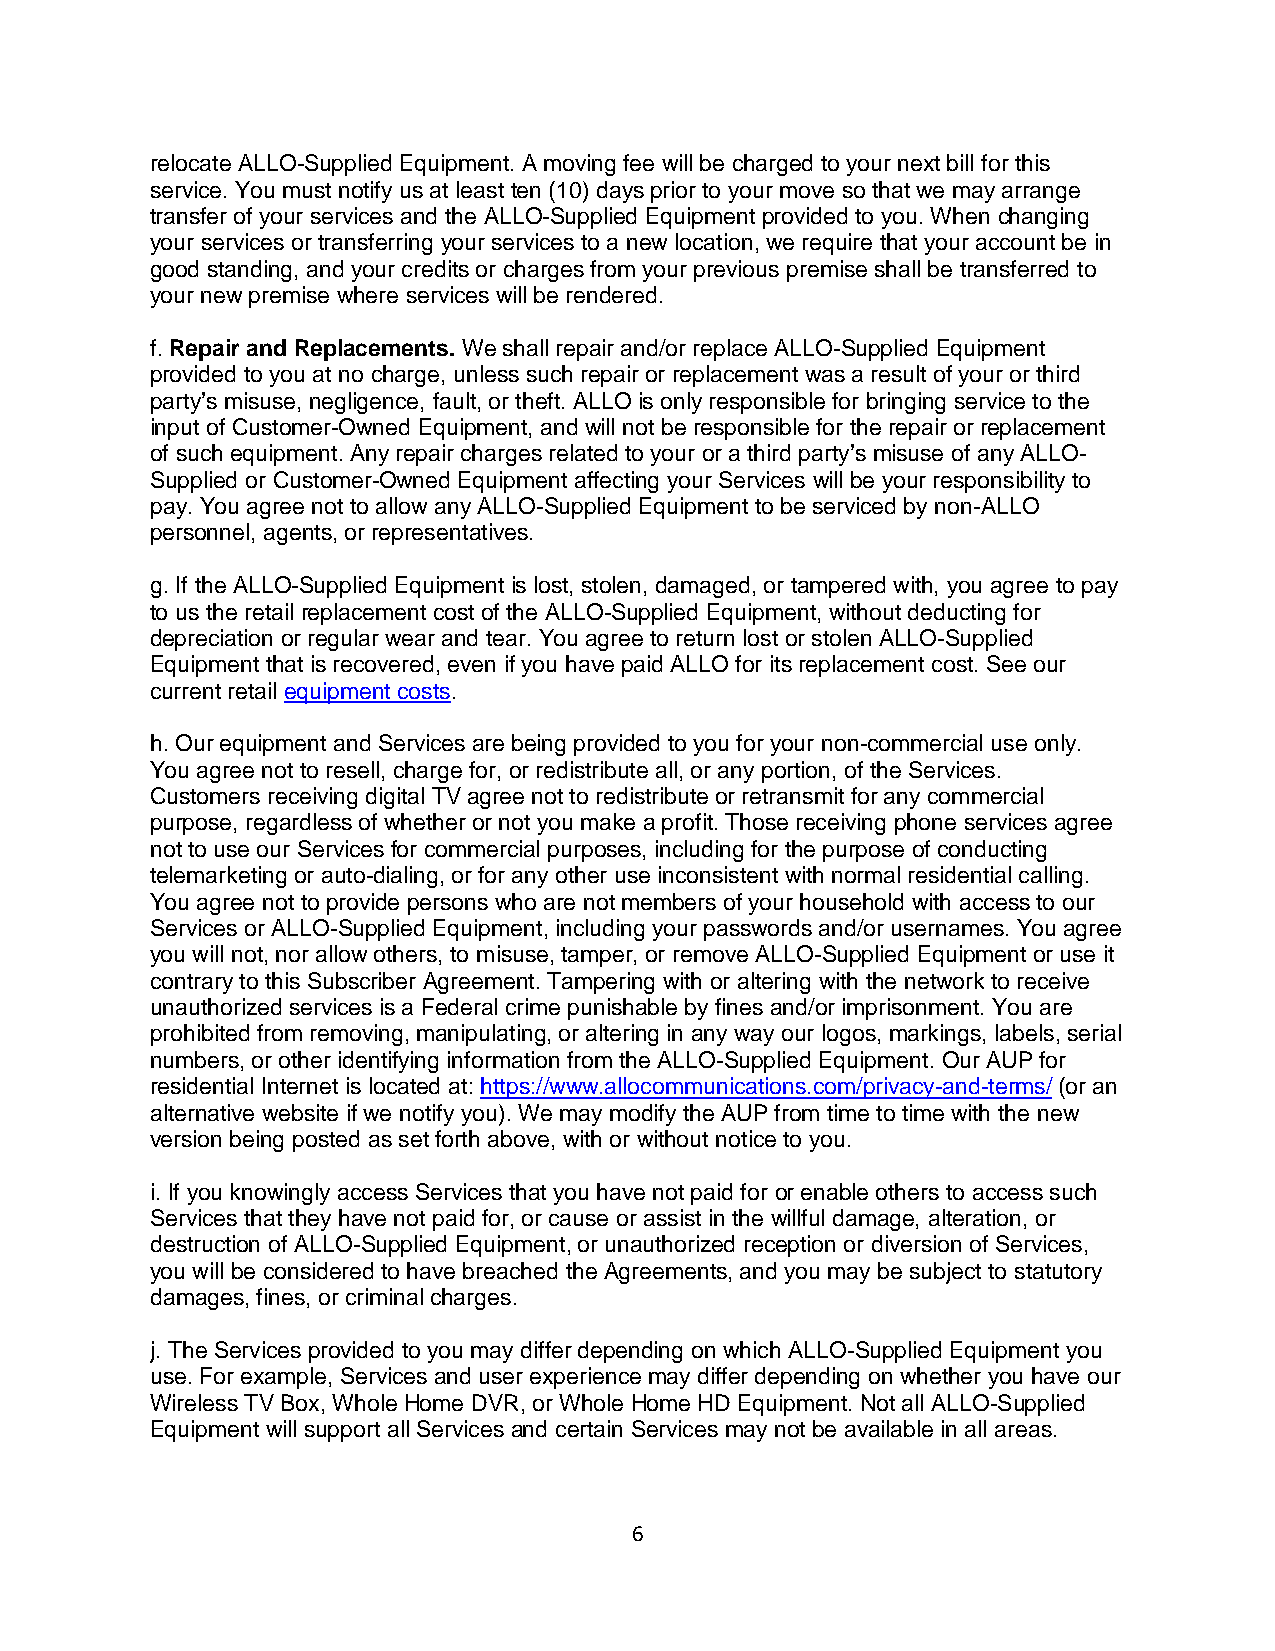
relocate ALLO-Supplied Equipment. A moving fee will be charged to your next bill for this
 service. You must notify us at least ten (10) days prior to your move so that we may arrange
 transfer of your services and the ALLO-Supplied Equipment provided to you. When changing
 your services or transferring your services to a new location, we require that your account be in
 good standing, and your credits or charges from your previous premise shall be transferred to
 your new premise where services will be rendered.
 f. Repair and Replacements. We shall repair and/or replace ALLO-Supplied Equipment
 provided to you at no charge, unless such repair or replacement was a result of your or third
 party’s misuse, negligence, fault, or theft. ALLO is only responsible for bringing service to the
 input of Customer-Owned Equipment, and will not be responsible for the repair or replacement
 of such equipment. Any repair charges related to your or a third party’s misuse of any ALLO-
 Supplied or Customer-Owned Equipment affecting your Services will be your responsibility to
 pay. You agree not to allow any ALLO-Supplied Equipment to be serviced by non-ALLO
 personnel, agents, or representatives.
 g. If the ALLO-Supplied Equipment is lost, stolen, damaged, or tampered with, you agree to pay
 to us the retail replacement cost of the ALLO-Supplied Equipment, without deducting for
 depreciation or regular wear and tear. You agree to return lost or stolen ALLO-Supplied
 Equipment that is recovered, even if you have paid ALLO for its replacement cost. See our
 current retail equipment costs.
 h. Our equipment and Services are being provided to you for your non-commercial use only.
 You agree not to resell, charge for, or redistribute all, or any portion, of the Services.
 Customers receiving digital TV agree not to redistribute or retransmit for any commercial
 purpose, regardless of whether or not you make a profit. Those receiving phone services agree
 not to use our Services for commercial purposes, including for the purpose of conducting
 telemarketing or auto-dialing, or for any other use inconsistent with normal residential calling.
 You agree not to provide persons who are not members of your household with access to our
 Services or ALLO-Supplied Equipment, including your passwords and/or usernames. You agree
 you will not, nor allow others, to misuse, tamper, or remove ALLO-Supplied Equipment or use it
 contrary to this Subscriber Agreement. Tampering with or altering with the network to receive
 unauthorized services is a Federal crime punishable by fines and/or imprisonment. You are
 prohibited from removing, manipulating, or altering in any way our logos, markings, labels, serial
 numbers, or other identifying information from the ALLO-Supplied Equipment. Our AUP for
 residential Internet is located at: https://www.allocommunications.com/privacy-and-terms/ (or an
 alternative website if we notify you). We may modify the AUP from time to time with the new
 version being posted as set forth above, with or without notice to you.
 i. If you knowingly access Services that you have not paid for or enable others to access such
 Services that they have not paid for, or cause or assist in the willful damage, alteration, or
 destruction of ALLO-Supplied Equipment, or unauthorized reception or diversion of Services,
 you will be considered to have breached the Agreements, and you may be subject to statutory
 damages, fines, or criminal charges.
 j. The Services provided to you may differ depending on which ALLO-Supplied Equipment you
 use. For example, Services and user experience may differ depending on whether you have our
 Wireless TV Box, Whole Home DVR, or Whole Home HD Equipment. Not all ALLO-Supplied
 Equipment will support all Services and certain Services may not be available in all areas.
 6